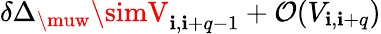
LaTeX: \delta\Delta_{\muw}\simV_{\mathbf{i},\mathbf{i}+q-1}+\mathcal{{O}}(V_{\mathbf{i},\mathbf{i}+q})